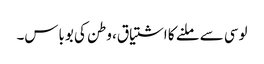
لوسی سے ملنے کا اشتیاق، وطن کی بوباس۔